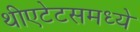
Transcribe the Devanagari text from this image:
थीएटेटसमध्ये